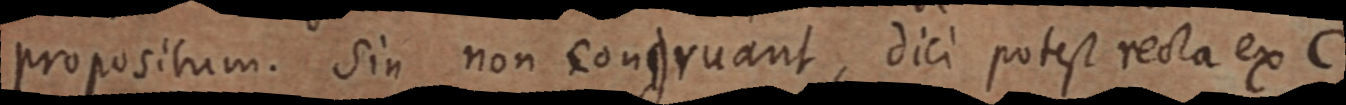
propositum. Sin non congruant, dici potest recta ex C